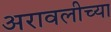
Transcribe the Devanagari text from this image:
अरावलीच्या